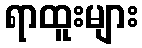
ရာထူးများ